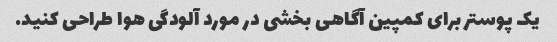
یک پوستر برای کمپین آگاهی بخشی در مورد آلودگی هوا طراحی کنید.